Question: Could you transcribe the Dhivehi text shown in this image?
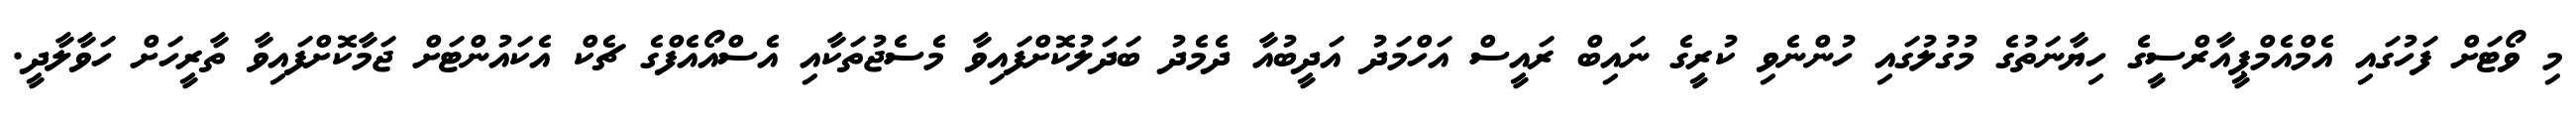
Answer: މި ވޯޓަށް ފަހުގައި އެމްއެމްޕީއާރްސީގެ ހިޔާނަތުގެ މުގުލުގައި ހުންނެވި ކުރީގެ ނައިބް ރައީސް އަހްމަދު އަދީބުއާ ދެމެދު ބަދަލުކޮށްފައިވާ މެސެޖުތަކާއި އެސްއޯއެފްގެ ޗެކް އެކައުންޓަށް ޖަމާކޮށްފައިވާ ތާރީހަށް ހަވާލާދީ.